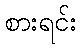
စားရင်း